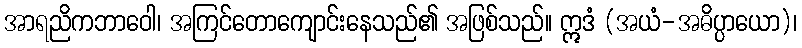
အာရညိကဘာဝေါ၊ အကြင်တောကျောင်းနေသည်၏ အဖြစ်သည်။ ဣဒံ (အယံ-အဓိပ္ပာယော)၊